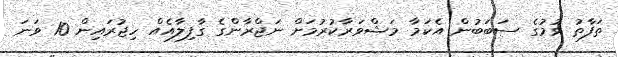
ތަފާތު ވުމުގެ ސަބަބުން އެކަމާ މަޝްވަރާކުރުމަށް ނަޖްރާންގެ ގާފިލާއެއް ހިޖުރައިން 10 ވަނަ